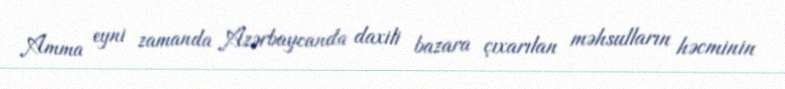
Amma eyni zamanda Azərbaycanda daxili bazara çıxarılan məhsulların həcminin